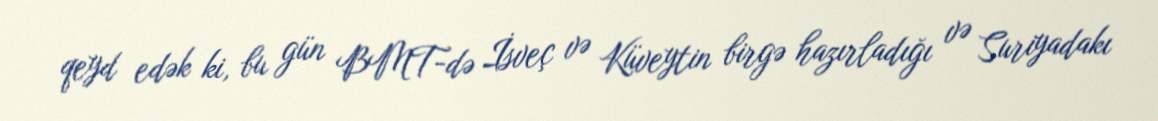
qeyd edək ki, bu gün BMT-də İsveç və Küveytin birgə hazırladığı və Suriyadakı